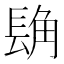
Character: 𮣾